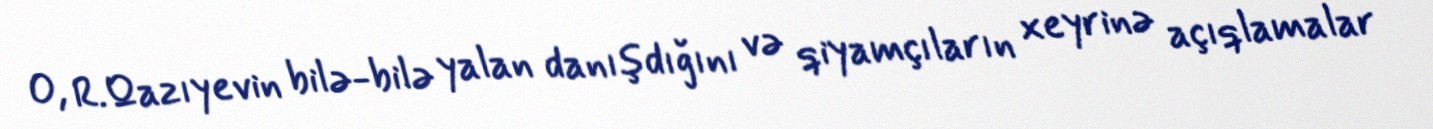
O, R.Qazıyevin bilə-bilə yalan danışdığını və qiyamçıların xeyrinə açıqlamalar